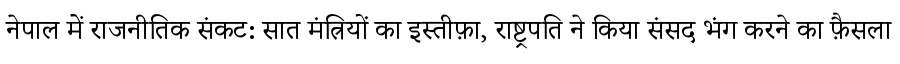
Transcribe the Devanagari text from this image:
नेपाल में राजनीतिक संकट: सात मंत्रियों का इस्तीफ़ा, राष्ट्रपति ने किया संसद भंग करने का फ़ैसला